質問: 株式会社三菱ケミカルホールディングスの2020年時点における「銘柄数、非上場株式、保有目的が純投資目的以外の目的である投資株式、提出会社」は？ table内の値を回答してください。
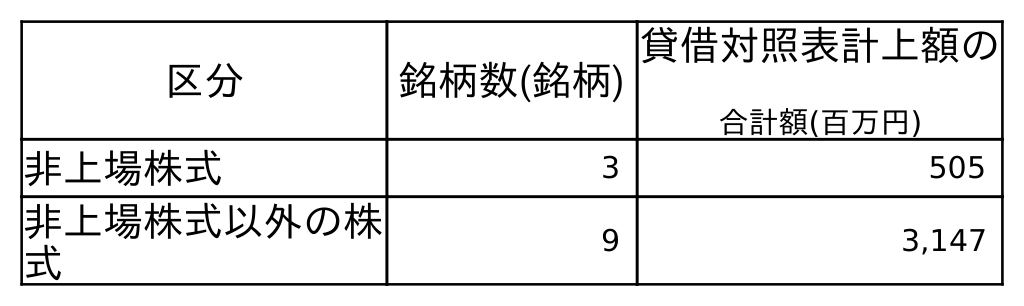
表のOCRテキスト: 区分 銘柄数(銘柄) 貸借対照表計上額の 合計額(百万円) 非上場株式 3 505 非上場株式以外の株 式 9 3,147
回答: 3